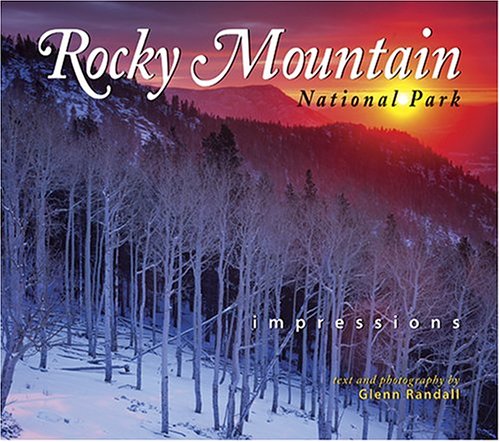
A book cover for Rocky Mountain National Park Impressions; Glenn Randall; Travel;